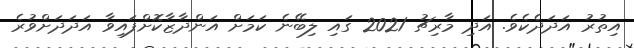
އިތުރު އަދަދެކެވެ. އަދި މާރިޗު 2021 ގައި ލިބޭނެ ކަމަށް އަންދާޒާކޮށްފައިވާ އަދަދަށްވުރެ